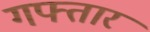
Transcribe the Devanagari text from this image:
गफ्तार